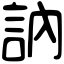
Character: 訥